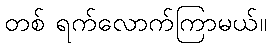
တစ် ရက်လောက်ကြာမယ်။